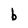
Character: b